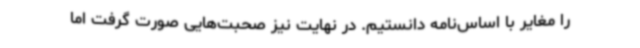
را مغایر با اساس‌نامه دانستیم. در نهایت نیز صحبت‌هایی صورت گرفت اما